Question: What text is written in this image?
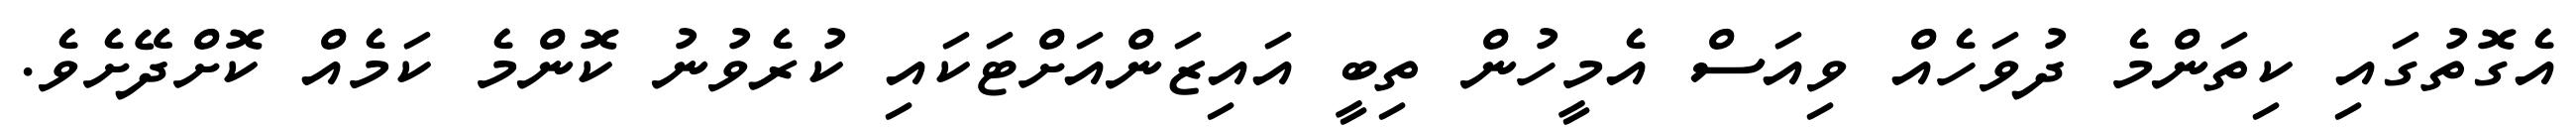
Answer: އެގޮތުގައި ކިތަންމެ ދުވަހެއް ވިއަސް އެމީހުން ތިބީ އައިޒަންއަށްޓަކައި ކުރެވުނު ކޮންމެ ކަމެއް ކޮށްދޭށެވެ.